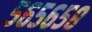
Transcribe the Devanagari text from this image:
५६५६५८